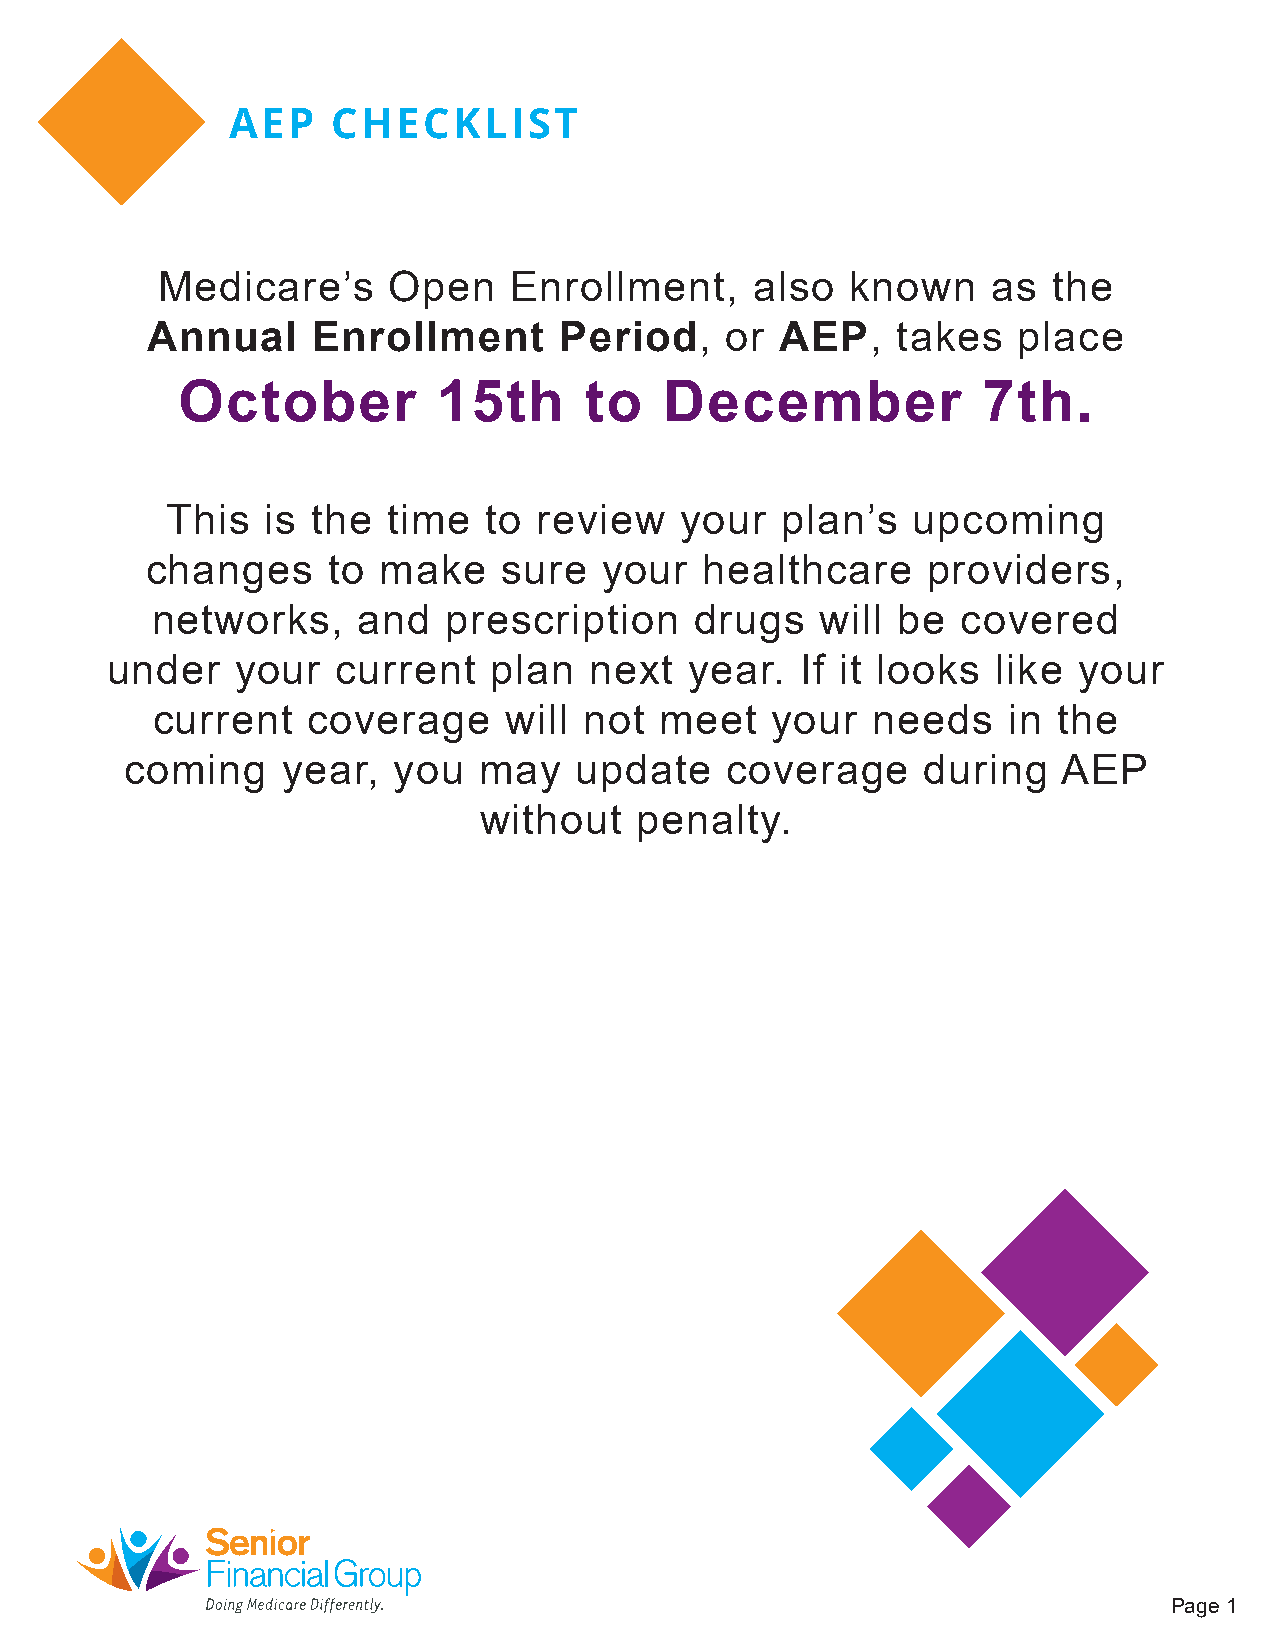
AEP    CHECKLIST
 Medicare’s      Open    Enrollment,     also  known     as  the
 Annual     Enrollment      Period,    or AEP,    takes   place
 October          15th      to   December             7th.
 This  is the   time  to review    your   plan’s  upcoming
 changes     to make    sure   your   healthcare    providers,
 networks,     and   prescription    drugs   will be   covered
 under    your  current   plan   next   year.  If it looks  like your
 current   coverage     will  not  meet   your   needs    in the
 coming     year,  you   may   update    coverage     during   AEP
 without   penalty.
 Page 1